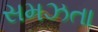
સમઝતા